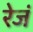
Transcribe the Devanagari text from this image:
रेजं